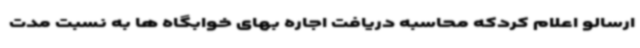
ارسالو اعلام کردکه محاسبه دریافت اجاره بهای خوابگاه ها به نسبت مدت